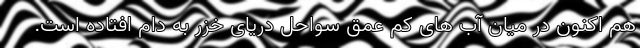
هم اکنون در میان آب های کم عمق سواحل دریای خزر به دام افتاده است.